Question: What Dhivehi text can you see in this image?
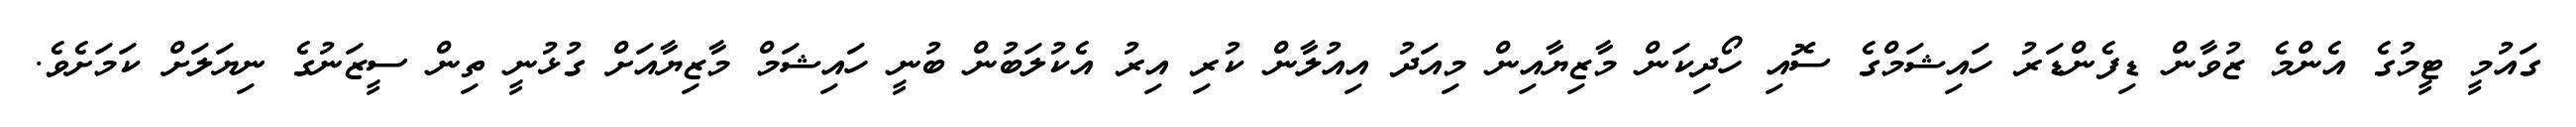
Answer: ގައުމީ ޓީމުގެ އެންމެ ޒުވާން ޑިފެންޑަރު ހައިޝަމްގެ ސޮއި ހޯދިކަން މާޒިޔާއިން މިއަދު އިއުލާން ކުރި އިރު އެކުލަބުން ބުނީ ހައިޝަމް މާޒިޔާއަށް ގުޅުނީ ތިން ސީޒަނުގެ ނިޔަލަށް ކަމަށެވެ.